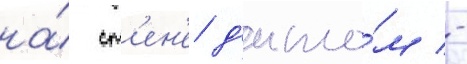
на́ ст'ен'е д'ипло́м -